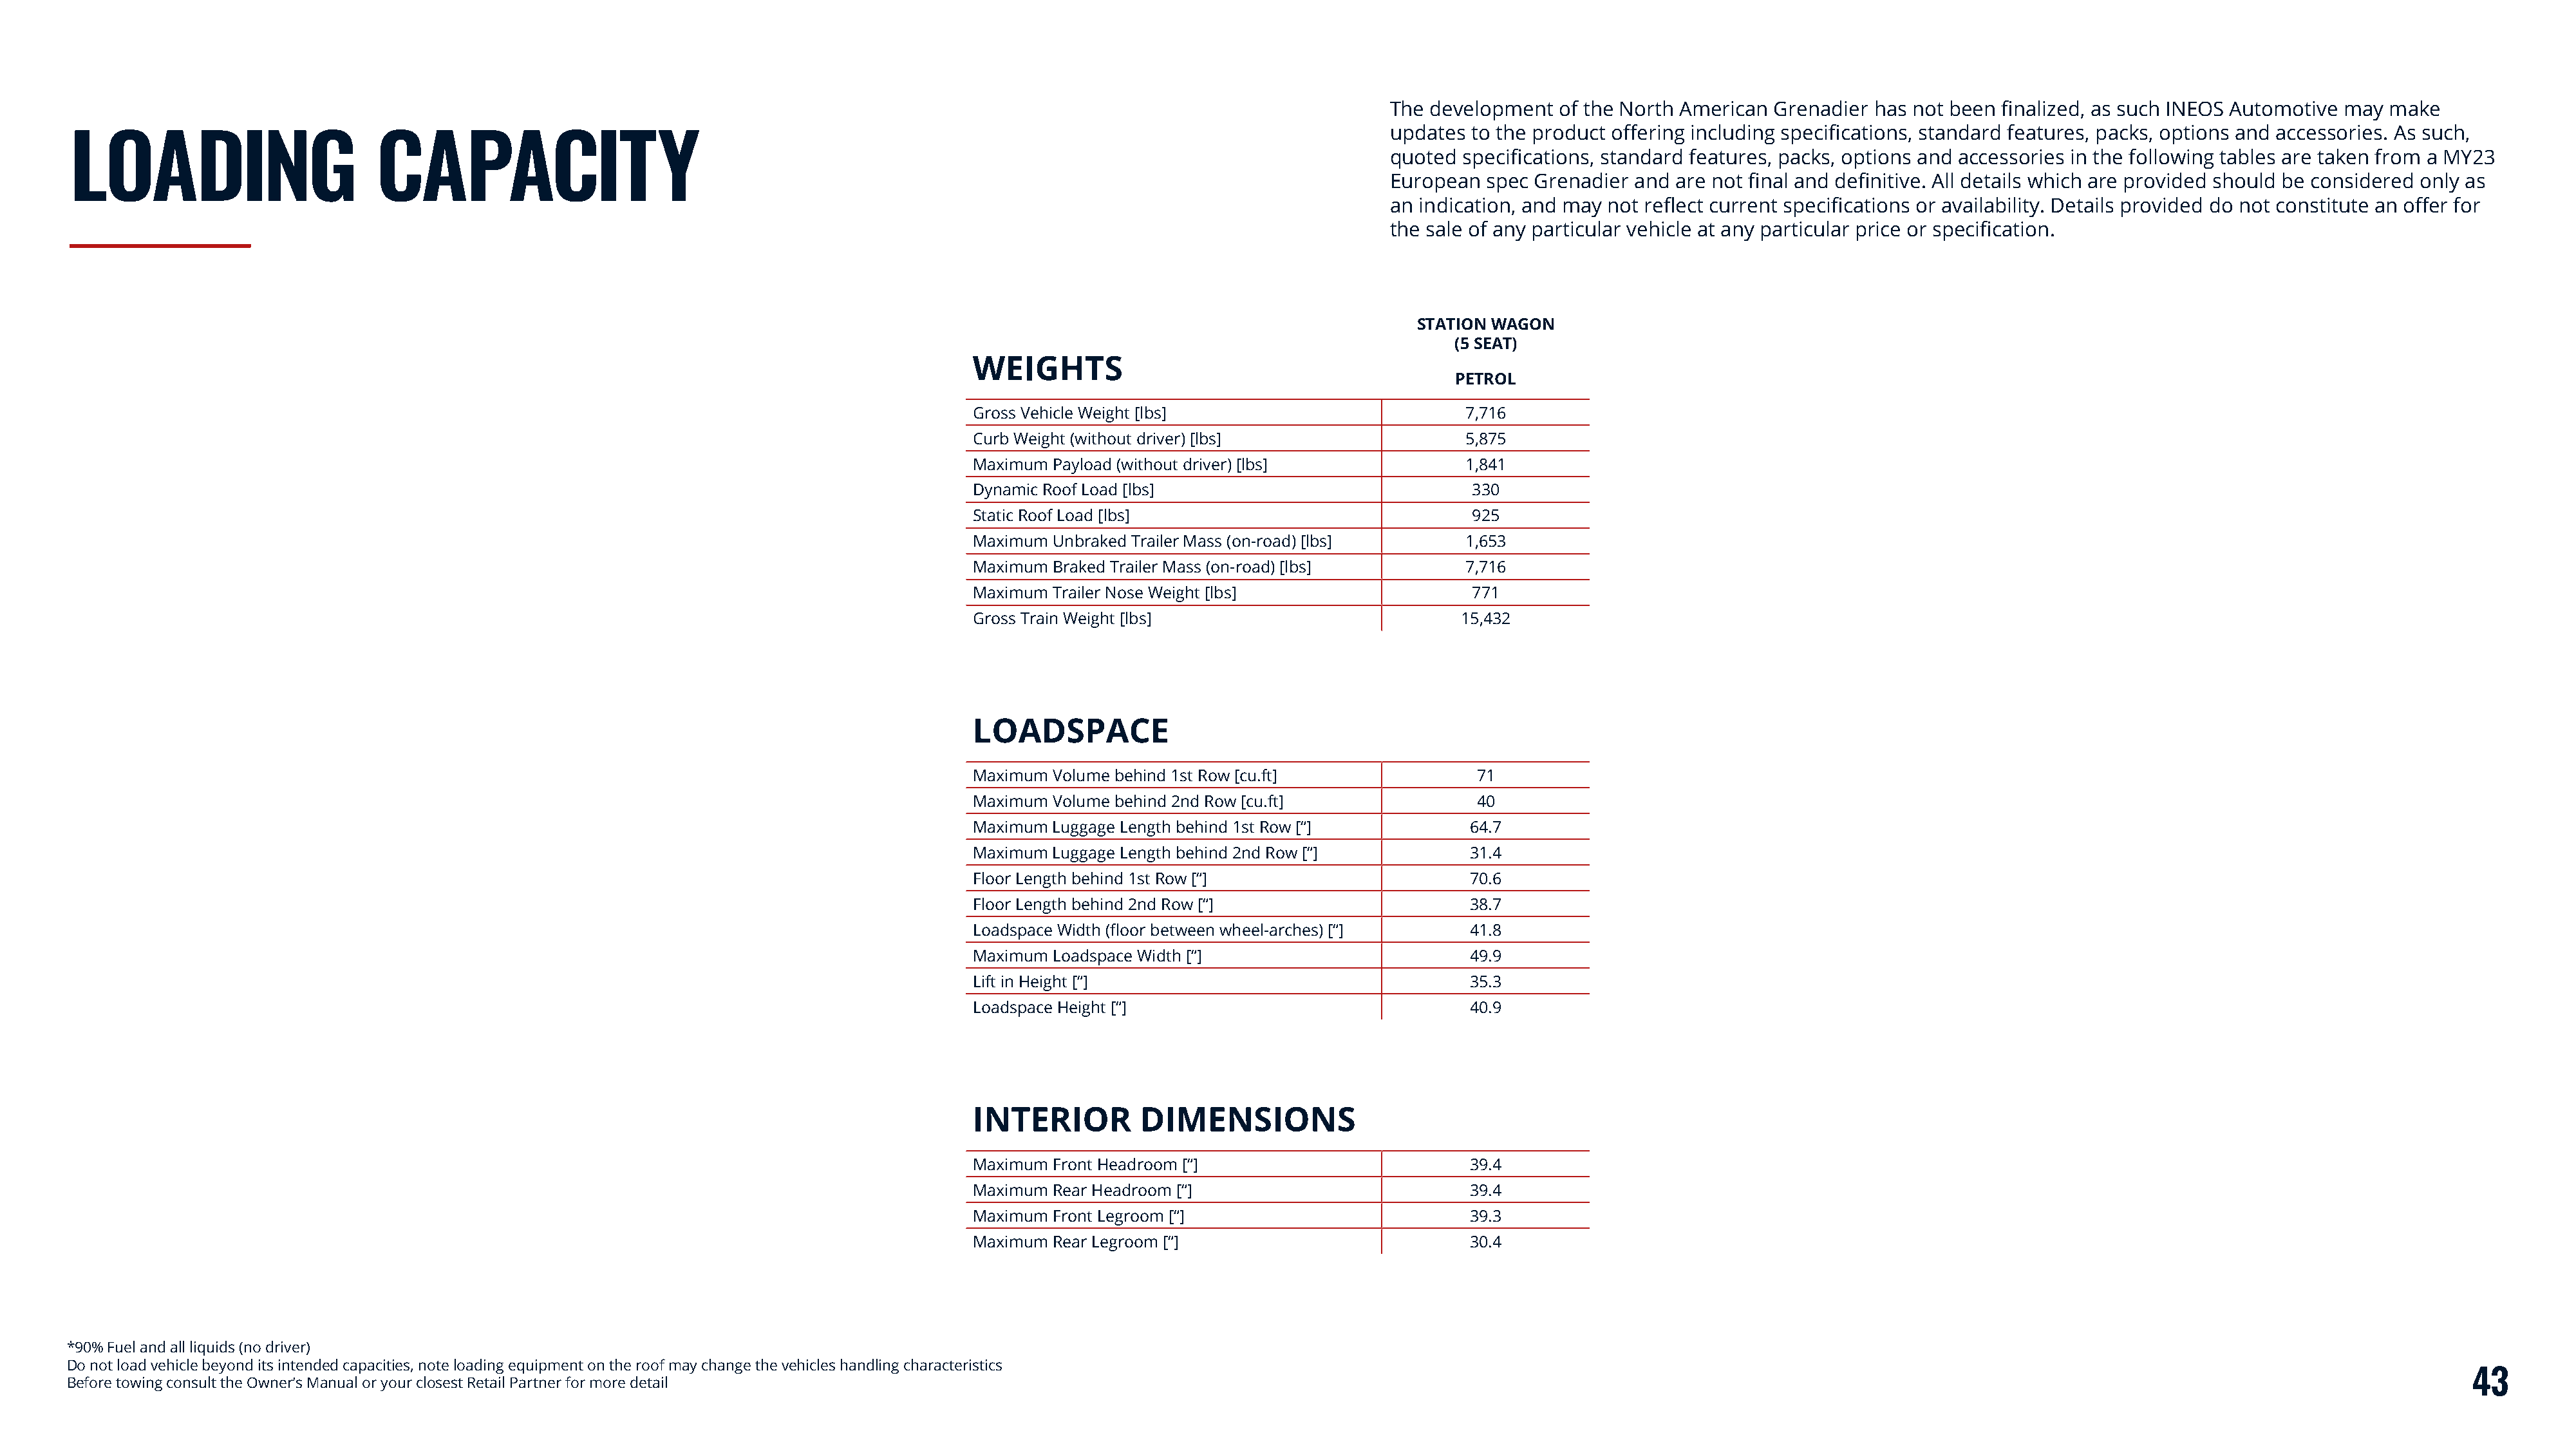
The development  of the North American Grenadier  has not been finalized, as such INEOS Automotive may make
 updates to the product offering including specifications, standard features, packs, options and accessories. As such,
 LOADING                         CAPACITY
 quoted specifications, standard features, packs, options and accessories in the following tables are taken from a MY23
 European  spec Grenadier and are not final and definitive. All details which are provided should be considered only as
 an indication, and may not reflect current specifications or availability. Details provided do not constitute an offer for
 the sale of any particular vehicle at any particular price or specification.
 STATION WAGON
 (5 SEAT)
 WEIGHTS
 PETROL
 Gross Vehicle Weight [lbs]                         7,716
 Curb Weight (without driver) [lbs]                 5,875
 Maximum Payload (without driver) [lbs]             1,841
 Dynamic Roof Load [lbs]                            330
 Static Roof Load [lbs]                             925
 Maximum Unbraked Trailer Mass (on-road) [lbs]      1,653
 Maximum Braked Trailer Mass (on-road) [lbs]        7,716
 Maximum Trailer Nose Weight [lbs]                  771
 Gross Train Weight [lbs]                          15,432
 LOADSPACE
 Maximum Volume behind 1st Row [cu.ft]               71
 Maximum Volume behind 2nd Row [cu.ft]               40
 Maximum Luggage Length behind 1st Row [“]          64.7
 Maximum Luggage Length behind 2nd Row [“]          31.4
 Floor Length behind 1st Row [“]                    70.6
 Floor Length behind 2nd Row [“]                    38.7
 Loadspace Width (floor between wheel-arches) [“]   41.8
 Maximum Loadspace Width [“]                        49.9
 Lift in Height [“]                                 35.3
 Loadspace Height [“]                               40.9
 INTERIOR         DIMENSIONS
 Maximum Front Headroom [“]                         39.4
 Maximum Rear Headroom [“]                          39.4
 Maximum Front Legroom [“]                          39.3
 Maximum Rear Legroom [“]                           30.4
 *90% Fuel and all liquids (no driver)
 Do not load vehicle beyond its intended capacities, note loading equipment on the roof may change the vehicles handling characteristics
 43
 Before towing consult the Owner’s Manual or your closest Retail Partner for more detail